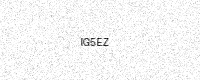
Text: IG5EZ